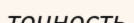
точность